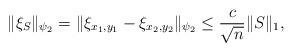
LaTeX: \begin{align*} \| \xi_S \|_{\psi_2} = \| \xi_{x_1,y_1} - \xi_{x_2,y_2}\|_{\psi_2} \leq {\frac {c} {\sqrt {n}}} \|S\|_1, \end{align*}